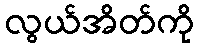
လွယ်အိတ်ကို